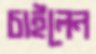
চাইলেন